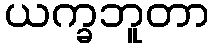
ယက္ခဘူတာ